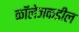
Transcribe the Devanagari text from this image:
कॉलेजकडील